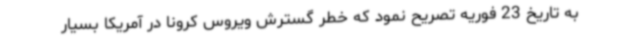
به تاریخ 23 فوریه تصریح نمود که خطر گسترش ویروس کرونا در آمریکا بسیار